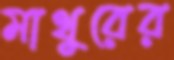
মাথুরের